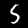
Digit: 5